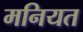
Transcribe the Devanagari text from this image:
मनियत